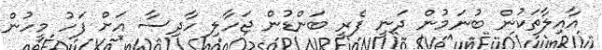
އާއިލާތަކުން ބުނަމުން ދަނީ ފެރީ ބަންޑުން ޖަހާލި ހާދިސާ އަށް ފަހު މީހުން